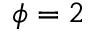
\phi = 2